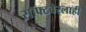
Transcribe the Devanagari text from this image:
सॉफ्टवेरलाही